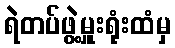
ရဲတပ်ဖွဲ့မှူးရုံးထံမှ